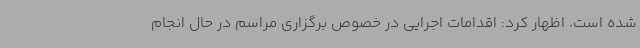
شده است، اظهار کرد: اقدامات اجرایی در خصوص برگزاری مراسم در حال انجام